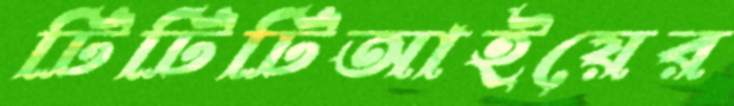
টিটিটিআইয়ের